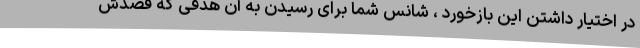
در اختیار داشتن این بازخورد ، شانس شما برای رسیدن به آن هدفی که قصدش